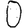
Digit: 0